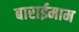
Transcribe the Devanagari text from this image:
बाराईमाम